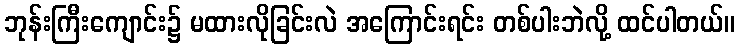
ဘုန်းကြီးကျောင်း၌ မထားလိုခြင်းလဲ အကြောင်းရင်း တစ်ပါးဘဲလို့ ထင်ပါတယ်။